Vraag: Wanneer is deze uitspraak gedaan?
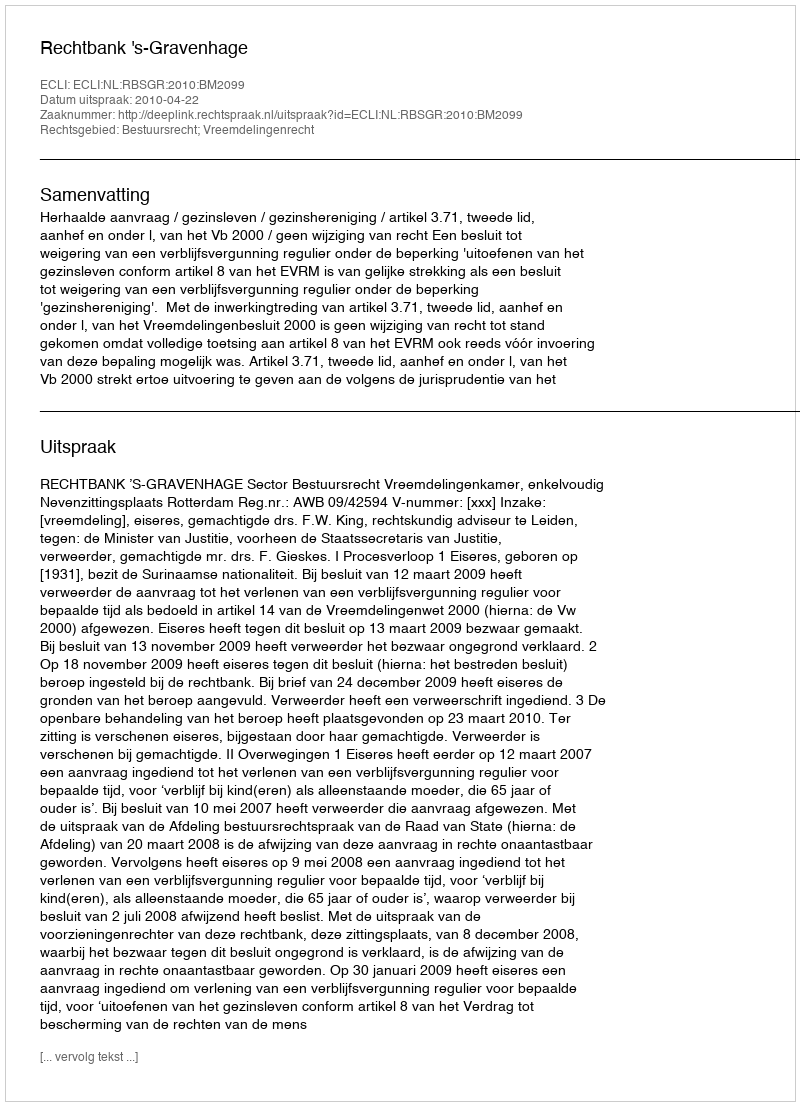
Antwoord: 2010-04-22